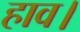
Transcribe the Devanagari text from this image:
हाव।